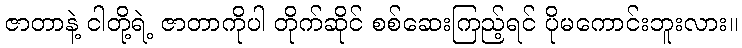
ဇာတာနဲ့ ငါတို့ရဲ့ ဇာတာကိုပါ တိုက်ဆိုင် စစ်ဆေးကြည့်ရင် ပိုမကောင်းဘူးလား။